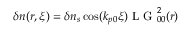
\begin{array} { r } { \delta n ( r , \xi ) = \delta n _ { s } \cos ( k _ { p 0 } \xi ) \mathrm { ~ L ~ G ~ } _ { 0 0 } ^ { 2 } ( r ) } \end{array}